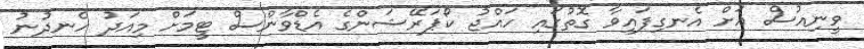
ވީނިއުސް އަށް އެނގިފައިވާ ގޮތުގައި ހައްޖު ކޯޕަރޭޝަންގެ އެޑްވާންސް ޓީމަށް މިއަދު ހެނދުނު